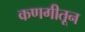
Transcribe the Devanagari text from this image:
कणगीतून